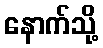
နောက်သို့